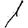
Digit: 1